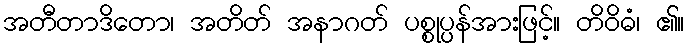
အတီတာဒိတော၊ အတိတ် အနာဂတ် ပစ္စုပ္ပန်အားဖြင့်။ တိဝိဓံ၊ ၏။